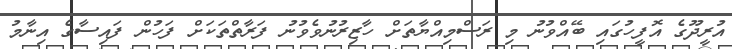
އުރީދޫގެ އޮފީހުގައި ބޭއްވުނު މި ރަސްމިއްޔާތަށް ހާޒިރުނުވެވުނު ފަރާތްތަކަށް ފަހުން ފައިސާގެ އިނާމު